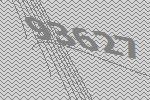
93627